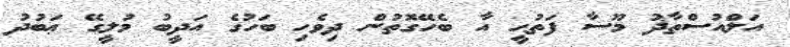
އަލްއުސްތާޛު މޫސާ ފަތުޙީ އާ ބެހޭގޮތުން ދިވެހި ބަހުގެ އަދީބު މުލީގޭ ޢަބުދު